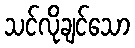
သင်လိုချင်သော